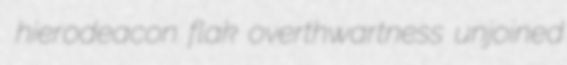
hierodeacon flak overthwartness unjoined